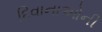
દિવાનાઓની